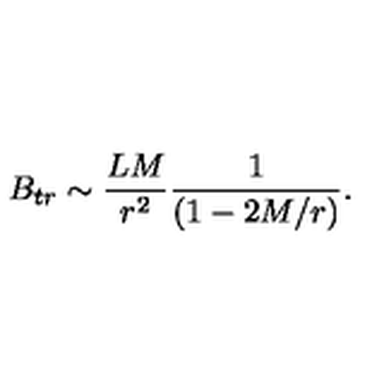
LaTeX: B _ { t r } \sim \frac { L M } { r ^ { 2 } } \frac { 1 } { ( 1 - 2 M / r ) } .